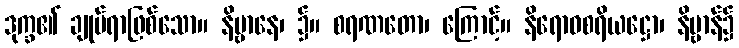
ဒုက္ခ၏ ချုပ်ရာဖြစ်သော။ နိဗ္ဗာနေ၊ ၌။ စရဏတော၊ ကြောင့်။ နိရောဓစရိယဋ္ဌော၊ နိဗ္ဗာန်၌